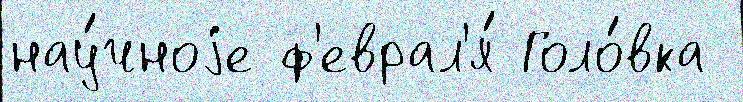
нау́чноjе ф'еврал'я́ Голо́вка